65_HS1-834228961_62-HQ-83894_Section_8
Agency: FBI
Page 168
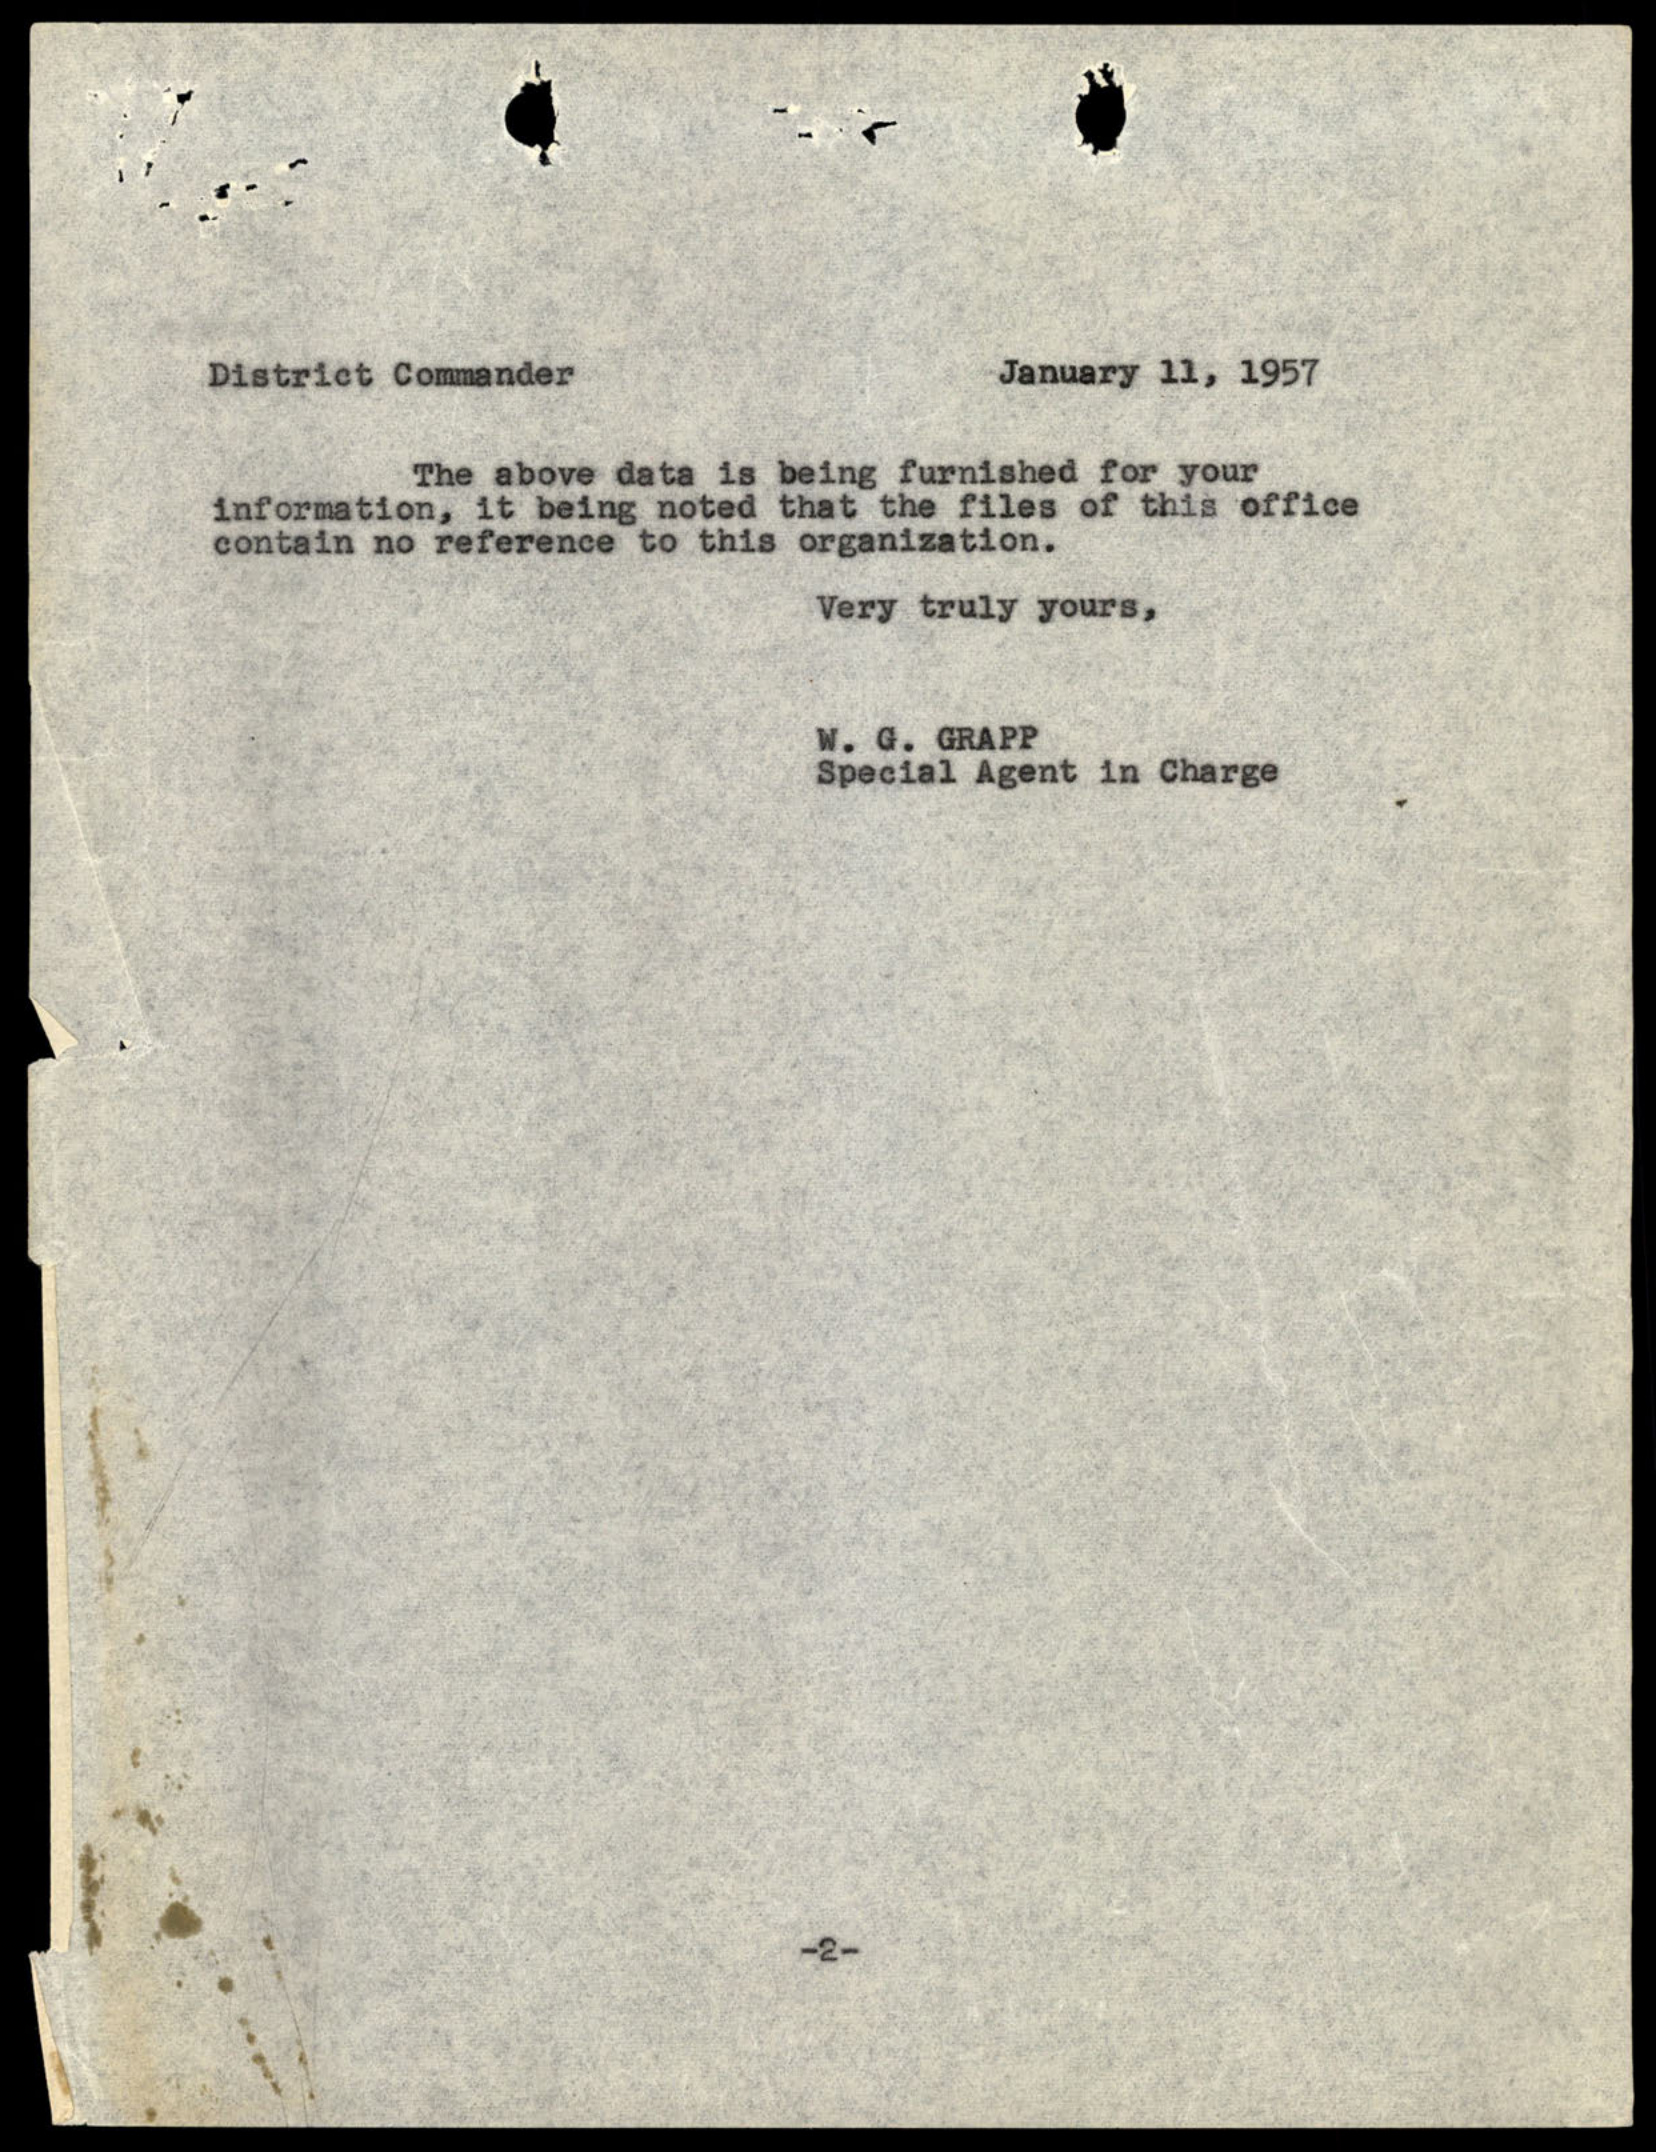